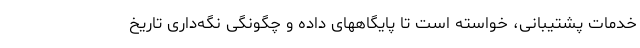
خدمات پشتیبانی، خواسته است تا پایگاههای داده و چگونگی نگه‌داری تاریخ